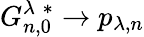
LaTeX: G_{n,0}^{\lambda\; *}\to p_{\lambda,n}